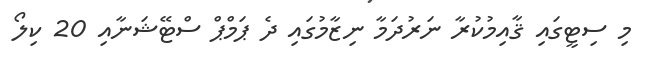
މި ސިޓީގައި ޤާއިމުކުރާ ނަރުދަމާ ނިޒާމުގައި ދެ ޕަމްޕް ސްޓޭޝަނާއި 20 ކިލޯ